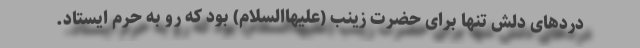
دردهای دلش تنها برای حضرت زینب (علیهاالسلام) بود که رو به حرم ایستاد.